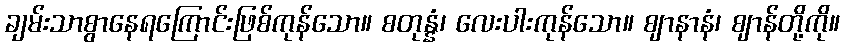
ချမ်းသာစွာနေရကြောင်းဖြစ်ကုန်သော။ စတုန္နံ၊ လေးပါးကုန်သော။ ဈာနာနံ၊ ဈာန်တို့ကို။